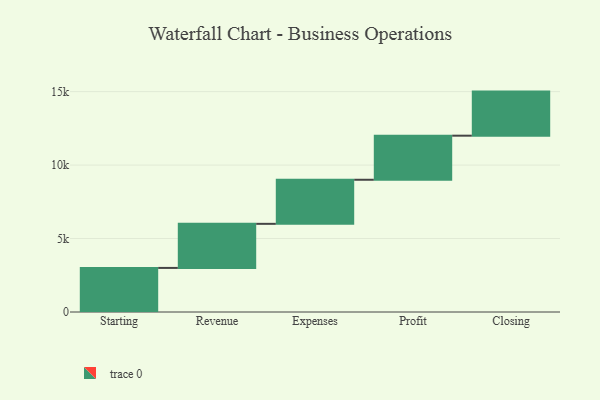
{"axis": {"x": "Step", "y": "Value"}, "legend": [""], "data": [{"x": "Starting", "y": 3000, "type": ""}, {"x": "Revenue", "y": 3000, "type": ""}, {"x": "Expenses", "y": 3000, "type": ""}, {"x": "Profit", "y": 3000, "type": ""}, {"x": "Closing", "y": 3000, "type": ""}]}